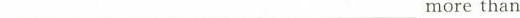
___ more than